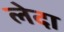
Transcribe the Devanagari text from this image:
लेदा